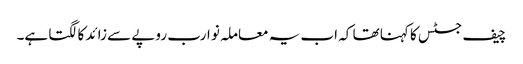
چیف جسٹس کا کہنا تھا کہ اب یہ معاملہ نو ارب روپے سے زائد کا لگتا ہے۔